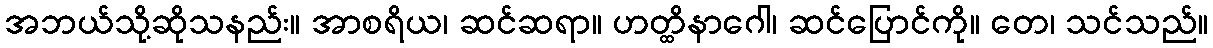
အဘယ်သို့ဆိုသနည်း။ အာစရိယ၊ ဆင်ဆရာ။ ဟတ္ထိနာဂေါ၊ ဆင်ပြောင်ကို။ တေ၊ သင်သည်။